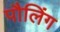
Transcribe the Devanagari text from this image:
पौलिंग